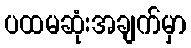
ပထမဆုံးအချက်မှာ